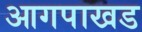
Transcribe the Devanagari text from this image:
आगपाखड